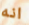
انه